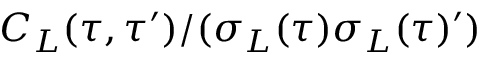
C _ { L } ( \tau , \tau ^ { \prime } ) / ( \sigma _ { L } ( \tau ) \sigma _ { L } ( \tau ) ^ { \prime } )